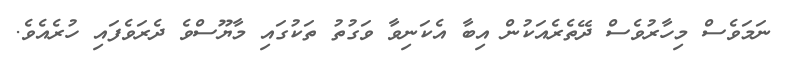
ނަމަވެސް މިހާރުވެސް ދޭތެރެއަކުން އިބާ އެކަނިވާ ވަގުތު ތަކުގައި މާޔޫސްވެ ދެރަވެފައި ހުރެއެވެ.